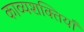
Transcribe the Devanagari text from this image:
काव्यशक्तियाँ